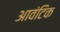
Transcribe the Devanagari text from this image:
आवंटिक